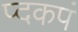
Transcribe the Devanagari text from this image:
प्दकपं